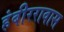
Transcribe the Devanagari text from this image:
हंबीररावास